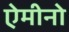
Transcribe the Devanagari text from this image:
ऐमीनो